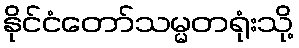
နိုင်ငံတော်သမ္မတရုံးသို့